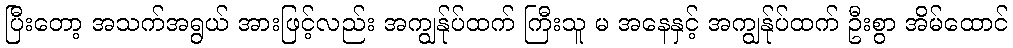
ပြီးတော့ အသက်အရွယ် အားဖြင့်လည်း အကျွန်ုပ်ထက် ကြီးသူ မ အနေနှင့် အကျွန်ုပ်ထက် ဦးစွာ အိမ်ထောင်